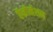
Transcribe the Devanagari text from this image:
ऍनीमेशन